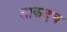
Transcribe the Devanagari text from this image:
ताकदच